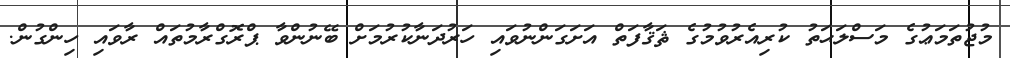
މުޖުތަމަޢުގެ މަސްލަޙަތު ކުރިއެރުވުމުގެ ޘަޤާފަތް އަށަގަންނުވައި ހަރުދަނާކުރުމަށް ބޭނުންވާ ޕްރޮގްރާމުތައް ރާވައި ހިންގުން.